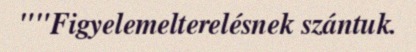
""Figyelemelterelésnek szántuk.